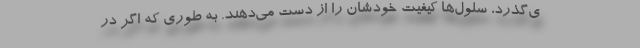
ی‌گذرد، سلول‌ها کیفیت خودشان را از دست می‌دهند. به طوری که اگر در